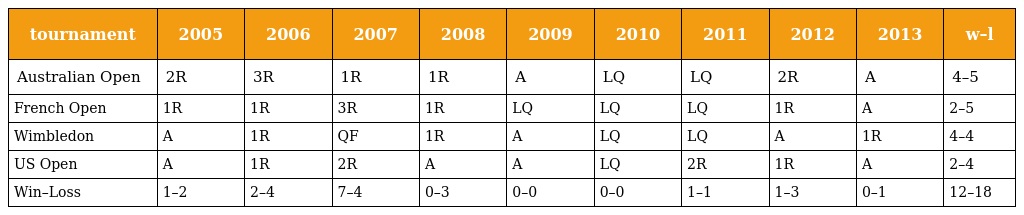
| tournament | 2005 | 2006 | 2007 | 2008 | 2009 | 2010 | 2011 | 2012 | 2013 | w–l |
 | --- | --- | --- | --- | --- | --- | --- | --- | --- | --- | --- |
 | Australian Open | 2R | 3R | 1R | 1R | A | LQ | LQ | 2R | A | 4–5 |
 | French Open | 1R | 1R | 3R | 1R | LQ | LQ | LQ | 1R | A | 2–5 |
 | Wimbledon | A | 1R | QF | 1R | A | LQ | LQ | A | 1R | 4–4 |
 | US Open | A | 1R | 2R | A | A | LQ | 2R | 1R | A | 2–4 |
 | Win–Loss | 1–2 | 2–4 | 7–4 | 0–3 | 0–0 | 0–0 | 1–1 | 1–3 | 0–1 | 12–18 |